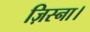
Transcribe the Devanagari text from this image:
ज़िस्ना।